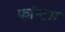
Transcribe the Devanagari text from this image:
फॉन्‍ट्स